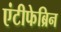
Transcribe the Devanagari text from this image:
एंटीफेब्रिन